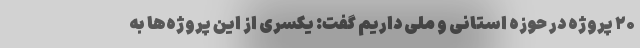
۲۰ پروژه در حوزه استانی و ملی داریم گفت: یکسری از این پروژه‌ها به